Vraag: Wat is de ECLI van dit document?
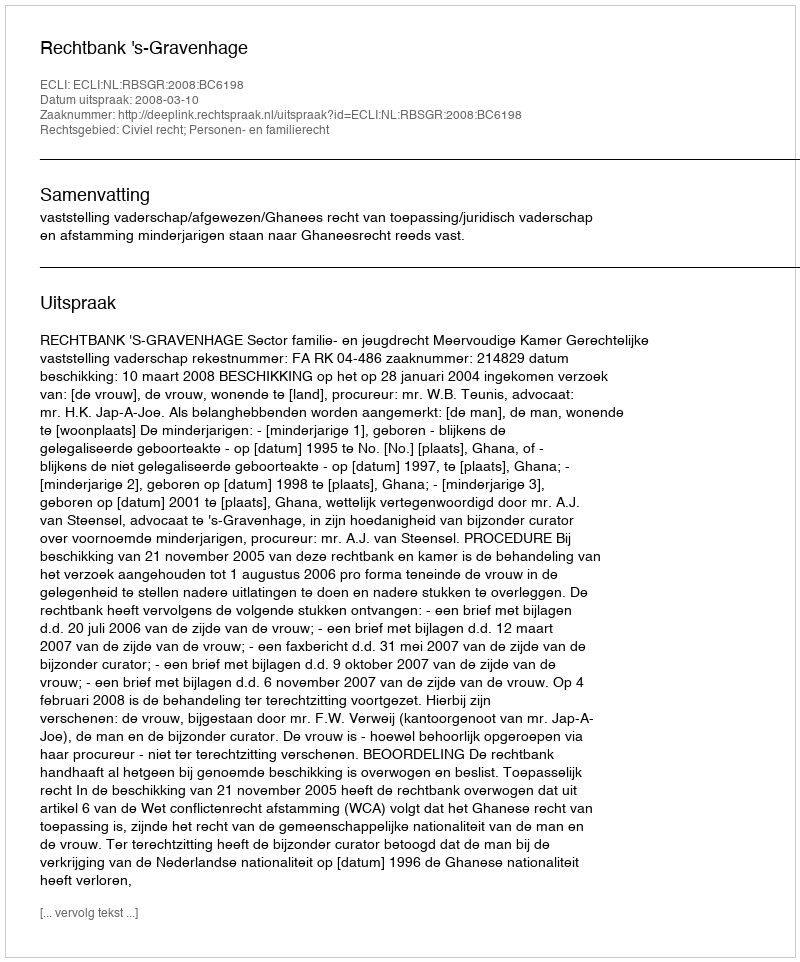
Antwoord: ECLI:NL:RBSGR:2008:BC6198